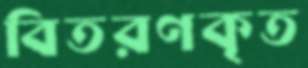
বিতরণকৃত